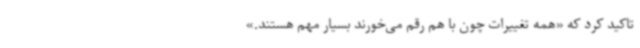
تاکید کرد که «همه تغییرات چون با هم رقم می‌خورند بسیار مهم هستند.»